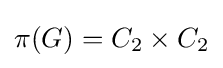
\pi (G)=C_{2}\times C_{2}